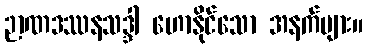
ဉာဏဒဿနသဒ္ဒါ ဟောနိုင်သော အနက်များ။